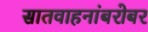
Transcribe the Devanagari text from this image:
सातवाहनांबरोबर